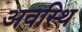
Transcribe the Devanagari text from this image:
अवस्थि